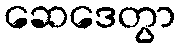
ဆေဒေတွာ